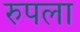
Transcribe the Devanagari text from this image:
रुपला